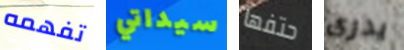
تفهمه سيداتي حتفها يدرى